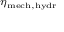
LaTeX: \scriptstyle \eta _ { \mathrm { m e c h , h y d r } }